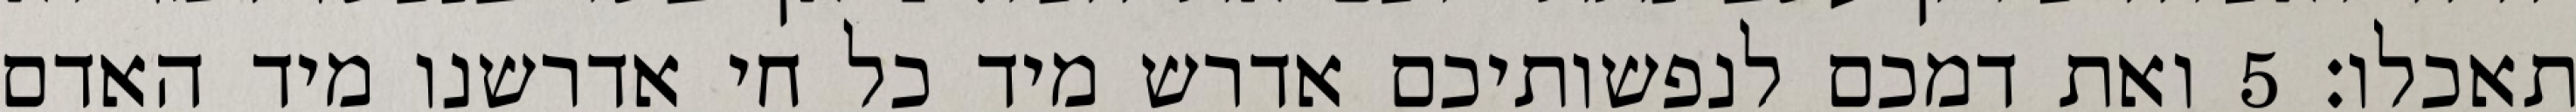
תאכלו׃ ‎5‏ ואת דמכם לנפשותיכם אדרש מיד כל חי אדרשנו מיד האדם